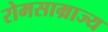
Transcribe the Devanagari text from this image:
रोमसाम्राज्य